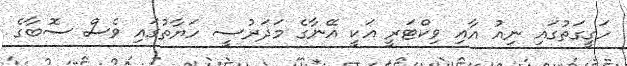
ހަގީގަތުގައި ނިއު އާއި ވިކްޓަރީ އަކީ އޭނާގެ މަދަރުސީ ހަޔާތުގައި ވެސް ސޮބާގެ